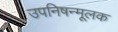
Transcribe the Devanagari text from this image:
उपनिषन्मूलक